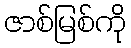
ဇာစ်မြစ်ကို